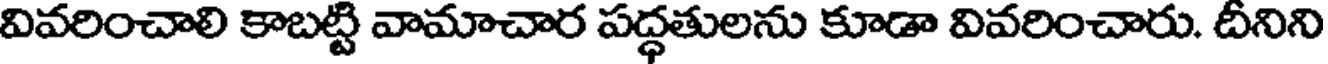
వివరించాలి కాబట్టి వామాచార పద్ధతులను కూడా వివరించారు. దీనిని